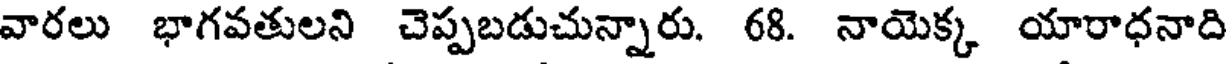
వారలు భాగవతులని చెప్పబడుచున్నారు. 68. నాయెక్క యారాధనాది